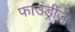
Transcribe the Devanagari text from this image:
फाउंड्रीज